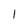
Character: 1